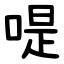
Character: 㖷